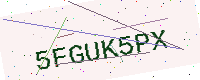
Text: 5FGUK5PX